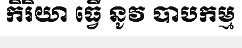
កិរិយា ធ្វើ នូវ បាបកម្ម